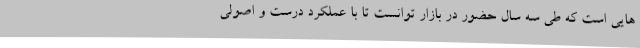
هایی است که طی سه سال حضور در بازار توانست تا با عملکرد درست و اصولی